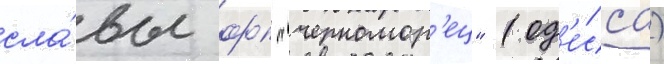
сла́вы фк "черномор'ец" (од'е́сса)